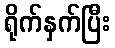
ရိုက်နှက်ပြီး